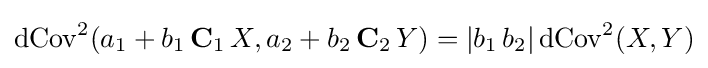
\operatorname {dCov} ^{2}(a_{1}+b_{1}\,\mathbf {C} _{1}\,X,a_{2}+b_{2}\,\mathbf {C} _{2}\,Y)=|b_{1}\,b_{2}|\operatorname {dCov} ^{2}(X,Y)